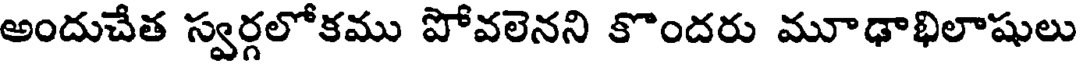
అందుచేత స్వర్గలోకము పోవలెనని కొందరు మూఢాభిలాషులు